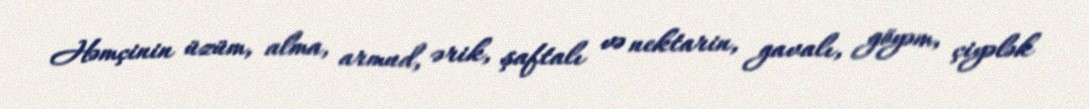
Həmçinin üzüm, alma, armud, ərik, şaftalı və nektarin, gavalı, göyəm, çiyələk